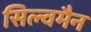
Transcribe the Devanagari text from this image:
सिल्वमैन